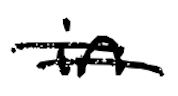
Text: in
Cross-out: double-line
Writing tool: digital_black